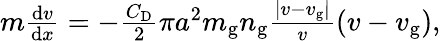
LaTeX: \begin{array}{r}{m\frac{\mathrm{d}v}{\mathrm{d}x}=-\frac{C_{\mathrm{D}}}{2}\pi a^{2}m_{\mathrm{g}}n_{\mathrm{g}}\frac{|v-v_{\mathrm{g}}|}{v}(v-v_{\mathrm{g}}),}\end{array}